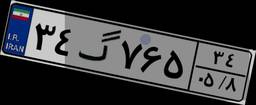
۳۱گ۸۸۶۴۱